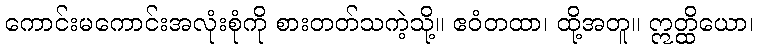
ကောင်းမကောင်းအလုံးစုံကို စားတတ်သကဲ့သို့။ ဧဝံတထာ၊ ထို့အတူ။ ဣတ္ထိယော၊